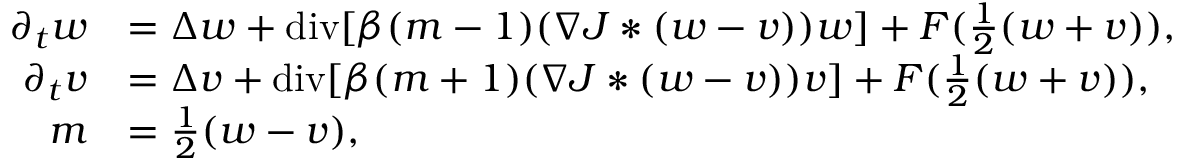
\begin{array} { r l } { \partial _ { t } w } & { = \Delta w + \mathrm { d i v } [ \beta ( m - 1 ) ( \nabla J * ( w - v ) ) w ] + F ( \frac { 1 } { 2 } ( w + v ) ) , } \\ { \partial _ { t } v } & { = \Delta v + \mathrm { d i v } [ \beta ( m + 1 ) ( \nabla J * ( w - v ) ) v ] + F ( \frac { 1 } { 2 } ( w + v ) ) , } \\ { m } & { = \frac { 1 } { 2 } ( w - v ) , } \end{array}